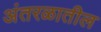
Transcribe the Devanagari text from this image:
अंतरळातील